Document type: Recognition
Year: 1437
Scribe: Pere Ponçgem
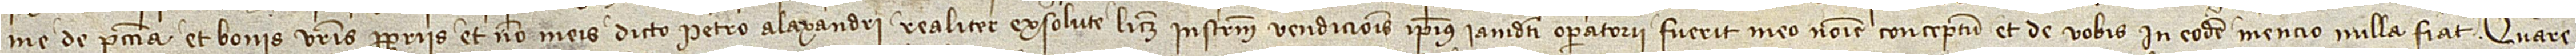
me de peccunia et bonis vestris propriis, et non meis, dicto Petro Alaxandri realiter exsolute licet instrumentum vendicionis ipsius iamdicti operatorii fuerit meo nomine conceptum et de vobis in eodem mencio nulla fiat. Quare